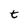
Character: t